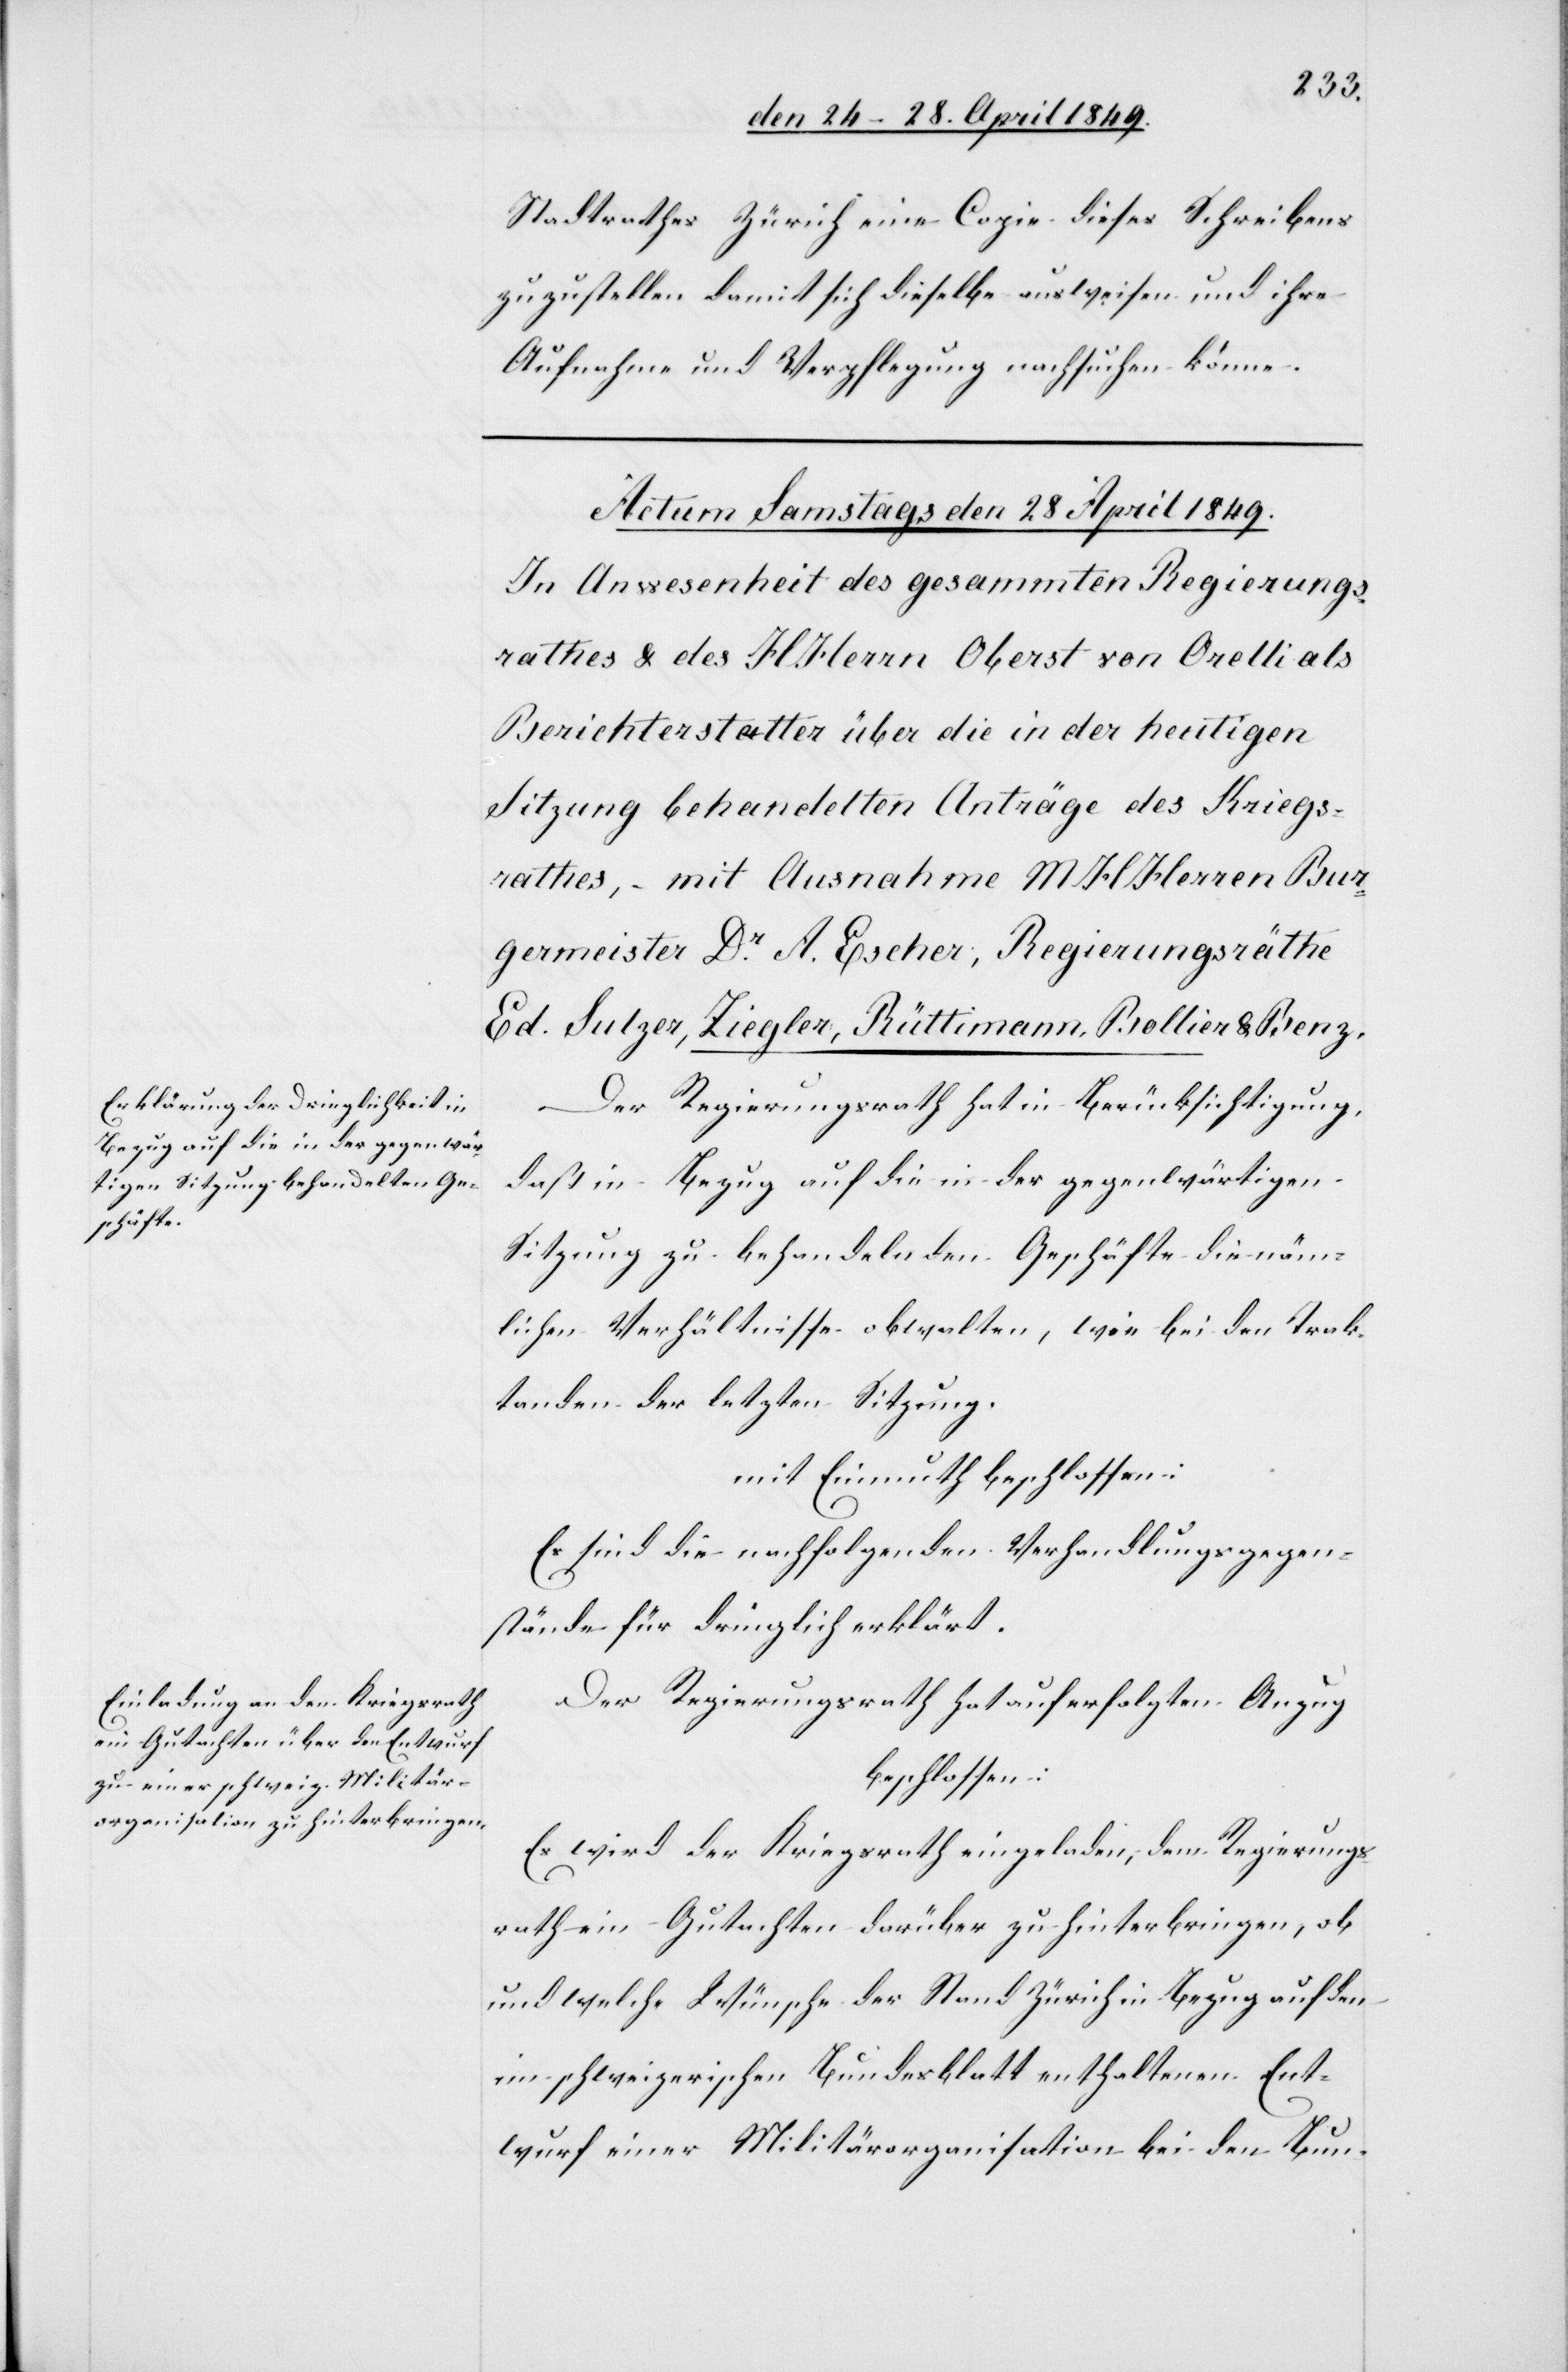
Stadtrathes Zürich eine Copie dieses Schreibens
zuzustellen damit sich dieselbe ausweisen und ihre
Aufnahme und Verpflegung nachsuchen könne.
Der Regierungsrath hat in Berücksichtigung,
daß in Bezug auf die in der gegenwärtigen
Sitzung zu behandelnden Geschäfte die näm¬
lichen Verhältnisse obwalten, wie bei den Trak¬
tanden der letzten Sitzung.
mit Einmuth beschlossen:
Es sind die nachfolgenden Verhandlungsgegen¬
stände für dringlich erklärt.
Der Regierungsrath hat auf erfolgten Anzug
beschlossen:
Es wird der Kriegsrath eingeladen, dem Regierungs¬
rathe im Gutachten darüber zu hinterbringen, ob
und welche Wünsche der Stand Zürich in Bezug auf den
im schweizerischen Bundesblatt enthaltenen Ent¬
wurf einer Militärorganisation bei den Bun-